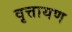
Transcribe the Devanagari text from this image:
वृत्तायण